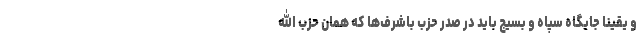
و یقینا جایگاه سپاه و بسیج باید در صدر حزب باشرف‌ها که همان حزب الله